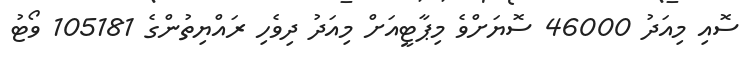
ސޮއި މިއަދު 46000 ސޮޔަށްވެ މިޕާޓީއަށް މިއަދު ދިވެހި ރައްޔިތުންގެ 105181 ވޯޓު